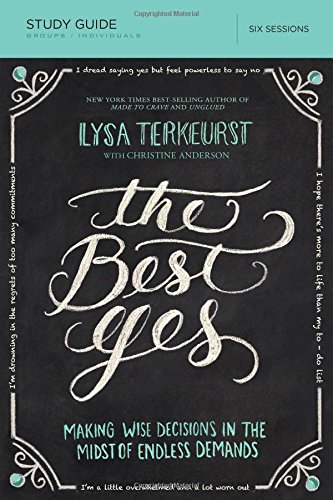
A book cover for The Best Yes Study Guide: Making Wise Decisions in the Midst of Endless Demands; Lysa TerKeurst; Christian Books & Bibles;